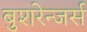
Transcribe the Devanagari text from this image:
बुशरेन्जर्स